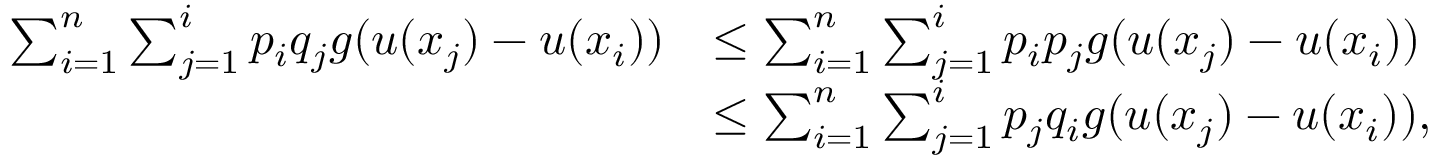
\begin{array} { r l } { \sum _ { i = 1 } ^ { n } \sum _ { j = 1 } ^ { i } p _ { i } q _ { j } g ( u ( x _ { j } ) - u ( x _ { i } ) ) } & { \leq \sum _ { i = 1 } ^ { n } \sum _ { j = 1 } ^ { i } p _ { i } p _ { j } g ( u ( x _ { j } ) - u ( x _ { i } ) ) } \\ & { \leq \sum _ { i = 1 } ^ { n } \sum _ { j = 1 } ^ { i } p _ { j } q _ { i } g ( u ( x _ { j } ) - u ( x _ { i } ) ) , } \end{array}